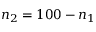
n _ { 2 } = 1 0 0 - n _ { 1 }